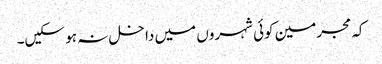
کہ مجرمین کوئی شہروں میں داخل نہ ہو سکیں۔